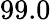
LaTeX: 99.0